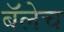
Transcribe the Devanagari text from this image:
बॅलेच